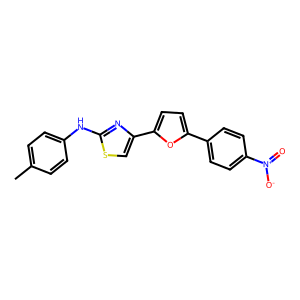
SMILES: Cc1ccc(Nc2nc(-c3ccc(-c4ccc([N+](=O)[O-])cc4)o3)cs2)cc1
Inhibits HIV replication: No